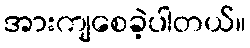
အားကျစေခဲ့ပါတယ်။